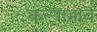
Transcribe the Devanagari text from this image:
कन्याभाव